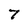
Character: 7